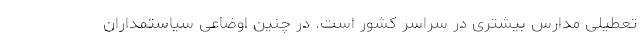
تعطیلی مدارس بیشتری در سراسر کشور است. در چنین اوضاعی سیاستمداران